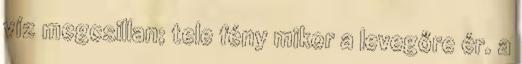
víz megcsillan; tele fény mikor a levegőre ér. a